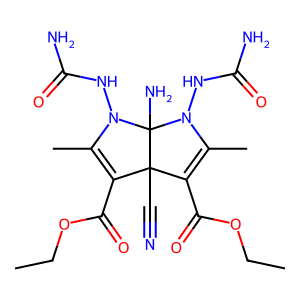
SMILES: CCOC(=O)C1=C(C)N(NC(N)=O)C2(N)N(NC(N)=O)C(C)=C(C(=O)OCC)C12C#N
Inhibits HIV replication: No